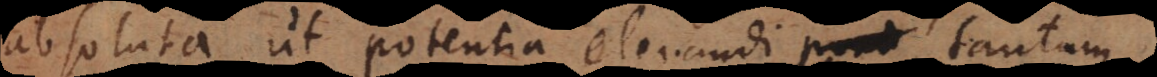
absoluta, ut potentia elevandi tantum